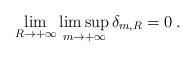
LaTeX: \begin{align*} \lim_{R\to +\infty} \limsup_{m\to+\infty}\delta_{m,R} = 0\hskip.1cm. \end{align*}